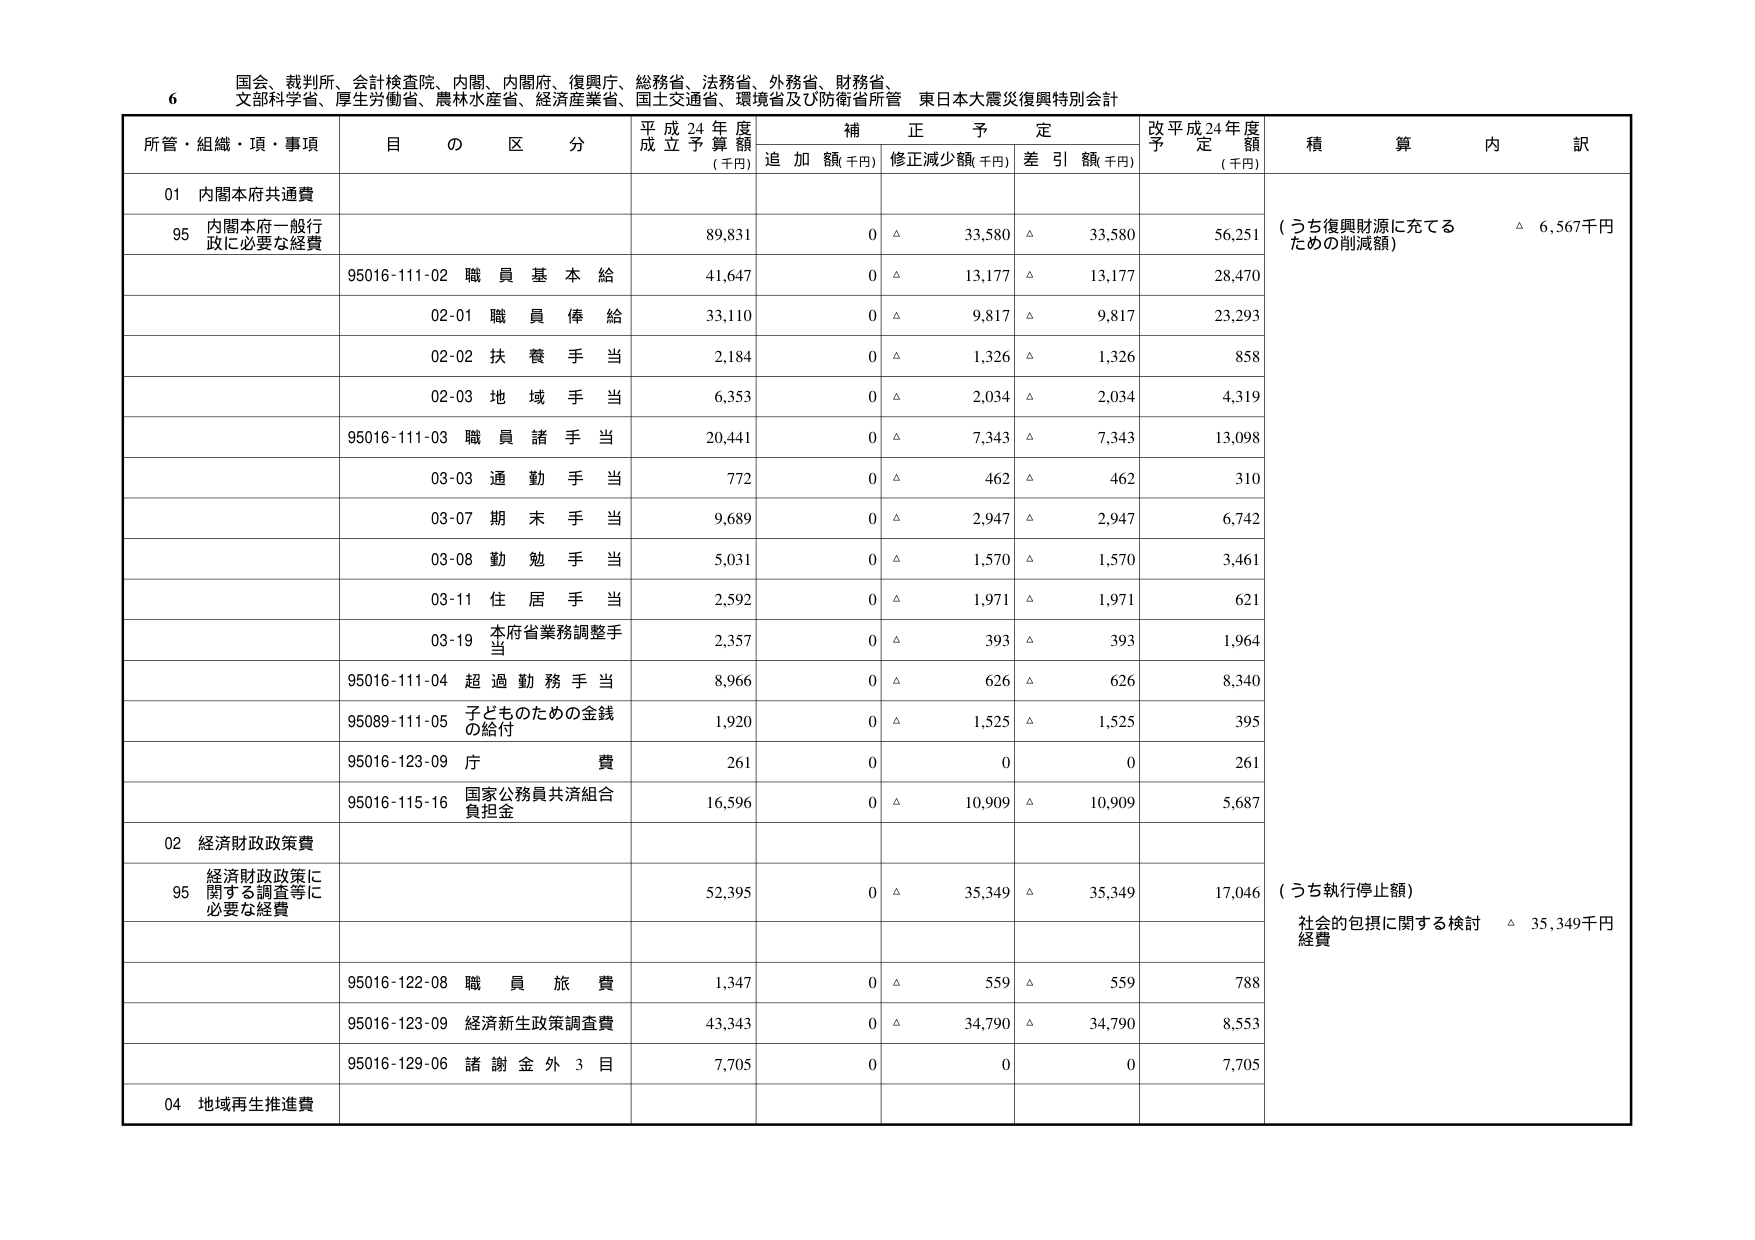
6 国会、裁判所、会計検査院、内閣、内閣府、復興庁、総務省、法務省、外務省、財務省、
文部科学省、厚生労働省、農林水産省、経済産業省、国土交通省、環境省及び防衛省所管 東日本大震災復興特別会計

所管・組織・項・事項 目の区分 平成24年度
成立予算額
(千円) 補正予定 追加額(千円) 修正減少額(千円) 差引額(千円) 改平成24年度
予定額
(千円) 積算内訳

01 内閣本府共通費

95 内閣本府一般行政に必要な経費 89,831 0 △ 33,580 △ 33,580 56,251 （うち復興財源に充てるための削減額） △ 6,567千円

95016-111-02 職員基本給 41,647 0 △ 13,177 △ 13,177 28,470

02-01 職員俸給 33,110 0 △ 9,817 △ 9,817 23,293

02-02 扶養手当 2,184 0 △ 1,326 △ 1,326 858

02-03 地域手当 6,353 0 △ 2,034 △ 2,034 4,319

95016-111-03 職員諸手当 20,441 0 △ 7,343 △ 7,343 13,098

03-03 通勤手当 772 0 △ 462 △ 462 310

03-07 期末手当 9,689 0 △ 2,947 △ 2,947 6,742

03-08 勤勉手当 5,031 0 △ 1,570 △ 1,570 3,461

03-11 住居手当 2,592 0 △ 1,971 △ 1,971 621

03-19 本府省業務調整手当 2,357 0 △ 393 △ 393 1,964

95016-111-04 超過勤務手当 8,966 0 △ 626 △ 626 8,340

95089-111-05 子どものための金銭の給付 1,920 0 △ 1,525 △ 1,525 395

95016-123-09 旅費 261 0 0 0 261

95016-115-16 国家公務員共済組合負担金 16,596 0 △ 10,909 △ 10,909 5,687

02 経済財政政策費

95 経済財政政策に関する調査等に必要な経費 52,395 0 △ 35,349 △ 35,349 17,046 （うち執行停止額） 社会的包摂に関する検討経費 △ 35,349千円

95016-122-08 職員旅費 1,347 0 △ 559 △ 559 788

95016-123-09 経済新生政策調査費 43,343 0 △ 34,790 △ 34,790 8,553

95016-129-06 諸謝金外3目 7,705 0 0 0 7,705

04 地域再生推進費